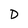
Character: D